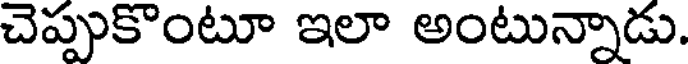
చెప్పుకొంటూ ఇలా అంటున్నాడు.